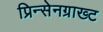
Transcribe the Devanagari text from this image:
प्रिन्सेनग्राख्ट